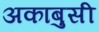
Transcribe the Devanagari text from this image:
अकाबुसी